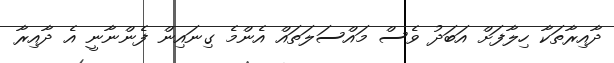
ދާއިރާތަކާ ހިލާފަށް އަބަދު ވެސް މައްސަލަތައް އެންމެ ގިނައިން ފެންނާނީ އެ ދާއިރާ